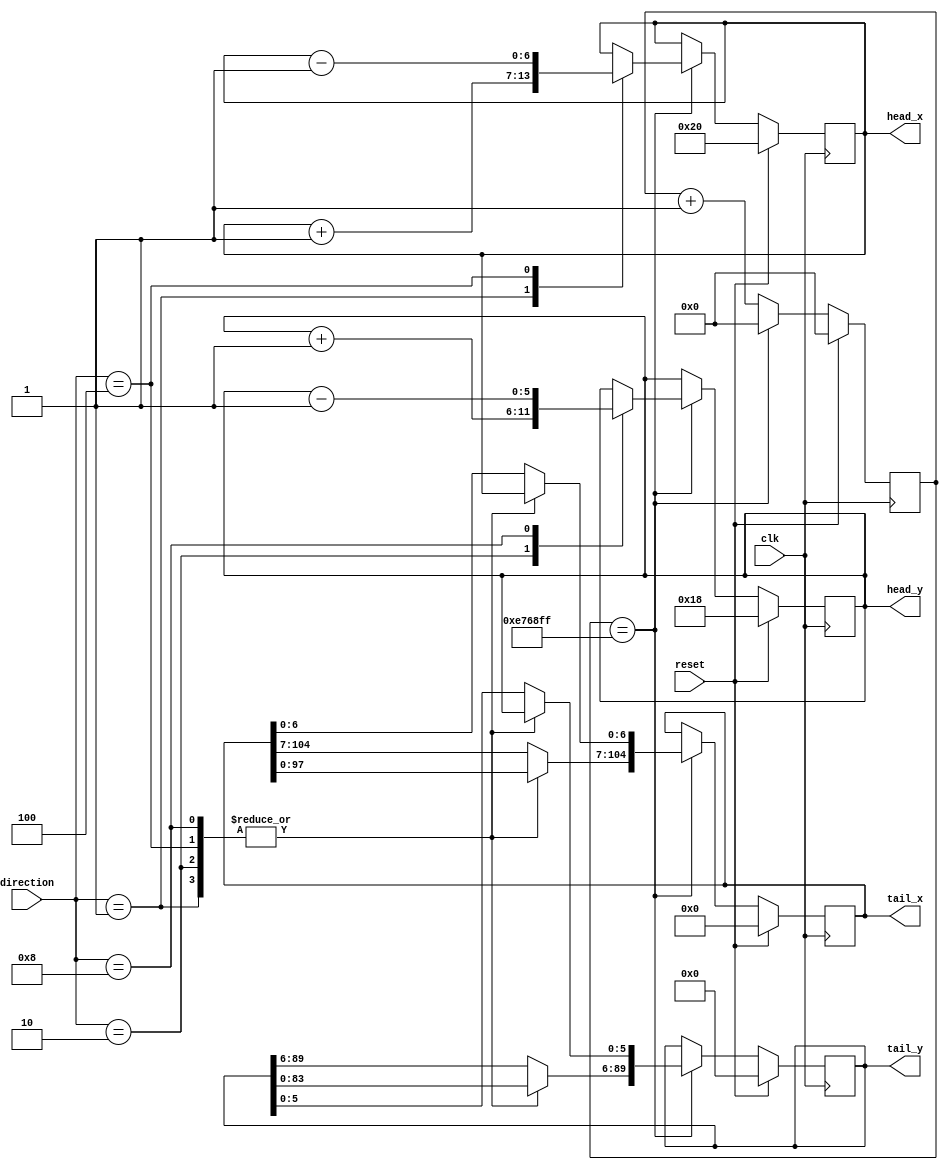
`timescale 1ns / 1ps
//////////////////////////////////////////////////////////////////////////////////
// Company: AGH
// 
// Design Name: 
// Module Name: move
// Project Name: Entliczek pentliczek
// Target Devices: 
// Tool Versions: 
// Description: 
// 
// Dependencies: Poruszanie si gsienic
// 
// Revision:
// Revision 0.01 - File Created
// Additional Comments:
// 
//////////////////////////////////////////////////////////////////////////////////


module move(
    input wire clk,
    input wire reset,
    input wire [4:0] direction,
    output reg [6:0] head_x,
    output reg [5:0] head_y,
    output reg [104:0] tail_x,
    output reg [89:0]  tail_y
);

    reg [6:0] head_x_nxt;
    reg [5:0] head_y_nxt;
    reg [104:0] tail_x_nxt;
    reg [89:0]  tail_y_nxt;
    reg [25:0]  counter_px, counter_px_nxt;  

always@(posedge clk) begin
    if(reset) begin
        head_x <= 6'd32;
        head_y <= 5'd24;
        tail_x <= 105'b0;
        tail_y <= 90'b0;
        counter_px <= 0;
    end
    else begin
        head_x <= head_x_nxt;
        head_y <= head_y_nxt;
        tail_x <= tail_x_nxt;
        tail_y <= tail_y_nxt;
        counter_px <= counter_px_nxt;
    end
end

always @* begin
    if(counter_px == 15165696-1) begin // 15165696  = 14*HOR_TOTAL*VER_TOTAL
        counter_px_nxt = 0;
        case (direction)
            5'b00001: begin // ->
                tail_x_nxt = tail_x << 7;
                tail_y_nxt = tail_y << 6;
                tail_x_nxt[6:0] = head_x;
                tail_y_nxt[5:0] = head_y;
                head_x_nxt = head_x + 1;
                head_y_nxt = head_y;
            end
            5'b00010: begin // down
                tail_x_nxt = tail_x << 7;
                tail_y_nxt = tail_y << 6;
                tail_x_nxt[6:0] = head_x;
                tail_y_nxt[5:0] = head_y;
                head_x_nxt = head_x;
                head_y_nxt = head_y + 1;
            end
            5'b00100: begin // <-
                tail_x_nxt = tail_x << 7;
                tail_y_nxt = tail_y << 6;
                tail_x_nxt[6:0] = head_x;
                tail_y_nxt[5:0] = head_y;
                head_x_nxt = head_x - 1;
                head_y_nxt = head_y;
            end
            5'b01000: begin // up
                tail_x_nxt = tail_x << 7;
                tail_y_nxt = tail_y << 6;
                tail_x_nxt[6:0] = head_x;
                tail_y_nxt[5:0] = head_y;
                head_x_nxt = head_x;
                head_y_nxt = head_y - 1;
            end
            5'b10000: begin // stop
                tail_x_nxt = tail_x;
                tail_y_nxt = tail_y;
                head_x_nxt = head_x;
                head_y_nxt = head_y;
            end
            default: begin // stop
                tail_x_nxt = tail_x;
                tail_y_nxt = tail_y;
                head_x_nxt = head_x;
                head_y_nxt = head_y;
            end
        endcase               
    end   
    else begin
        counter_px_nxt = counter_px+1;  
        head_x_nxt = head_x;
        head_y_nxt = head_y;
        tail_x_nxt = tail_x;
        tail_y_nxt = tail_y;
    end        
end

endmodule